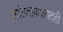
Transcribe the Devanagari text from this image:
शांतताकालातही